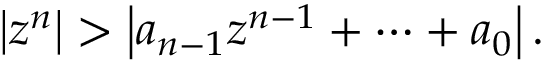
\left| z ^ { n } \right| > \left| a _ { n - 1 } z ^ { n - 1 } + \cdots + a _ { 0 } \right| .